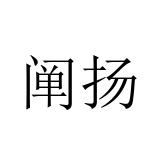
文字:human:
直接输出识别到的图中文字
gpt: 阐扬